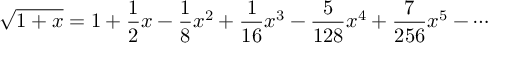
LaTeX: { \sqrt { 1 + x } } = 1 + { \frac { 1 } { 2 } } x - { \frac { 1 } { 8 } } x ^ { 2 } + { \frac { 1 } { 1 6 } } x ^ { 3 } - { \frac { 5 } { 1 2 8 } } x ^ { 4 } + { \frac { 7 } { 2 5 6 } } x ^ { 5 } - \cdots